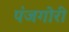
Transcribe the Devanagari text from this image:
पंजगोरी